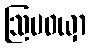
ဩပဝယှာ